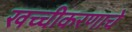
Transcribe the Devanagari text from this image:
खच्चीकरणाचे